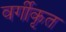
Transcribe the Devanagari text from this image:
वर्गीकृत